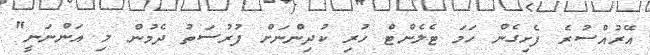
އޭރުއްސުރެ ފެށިގެން ހަމަ ޓެލެންޓް ހުރި ކުދިންނަށް ފުރުސަތު ދެމުން މި އަންނަނީ"